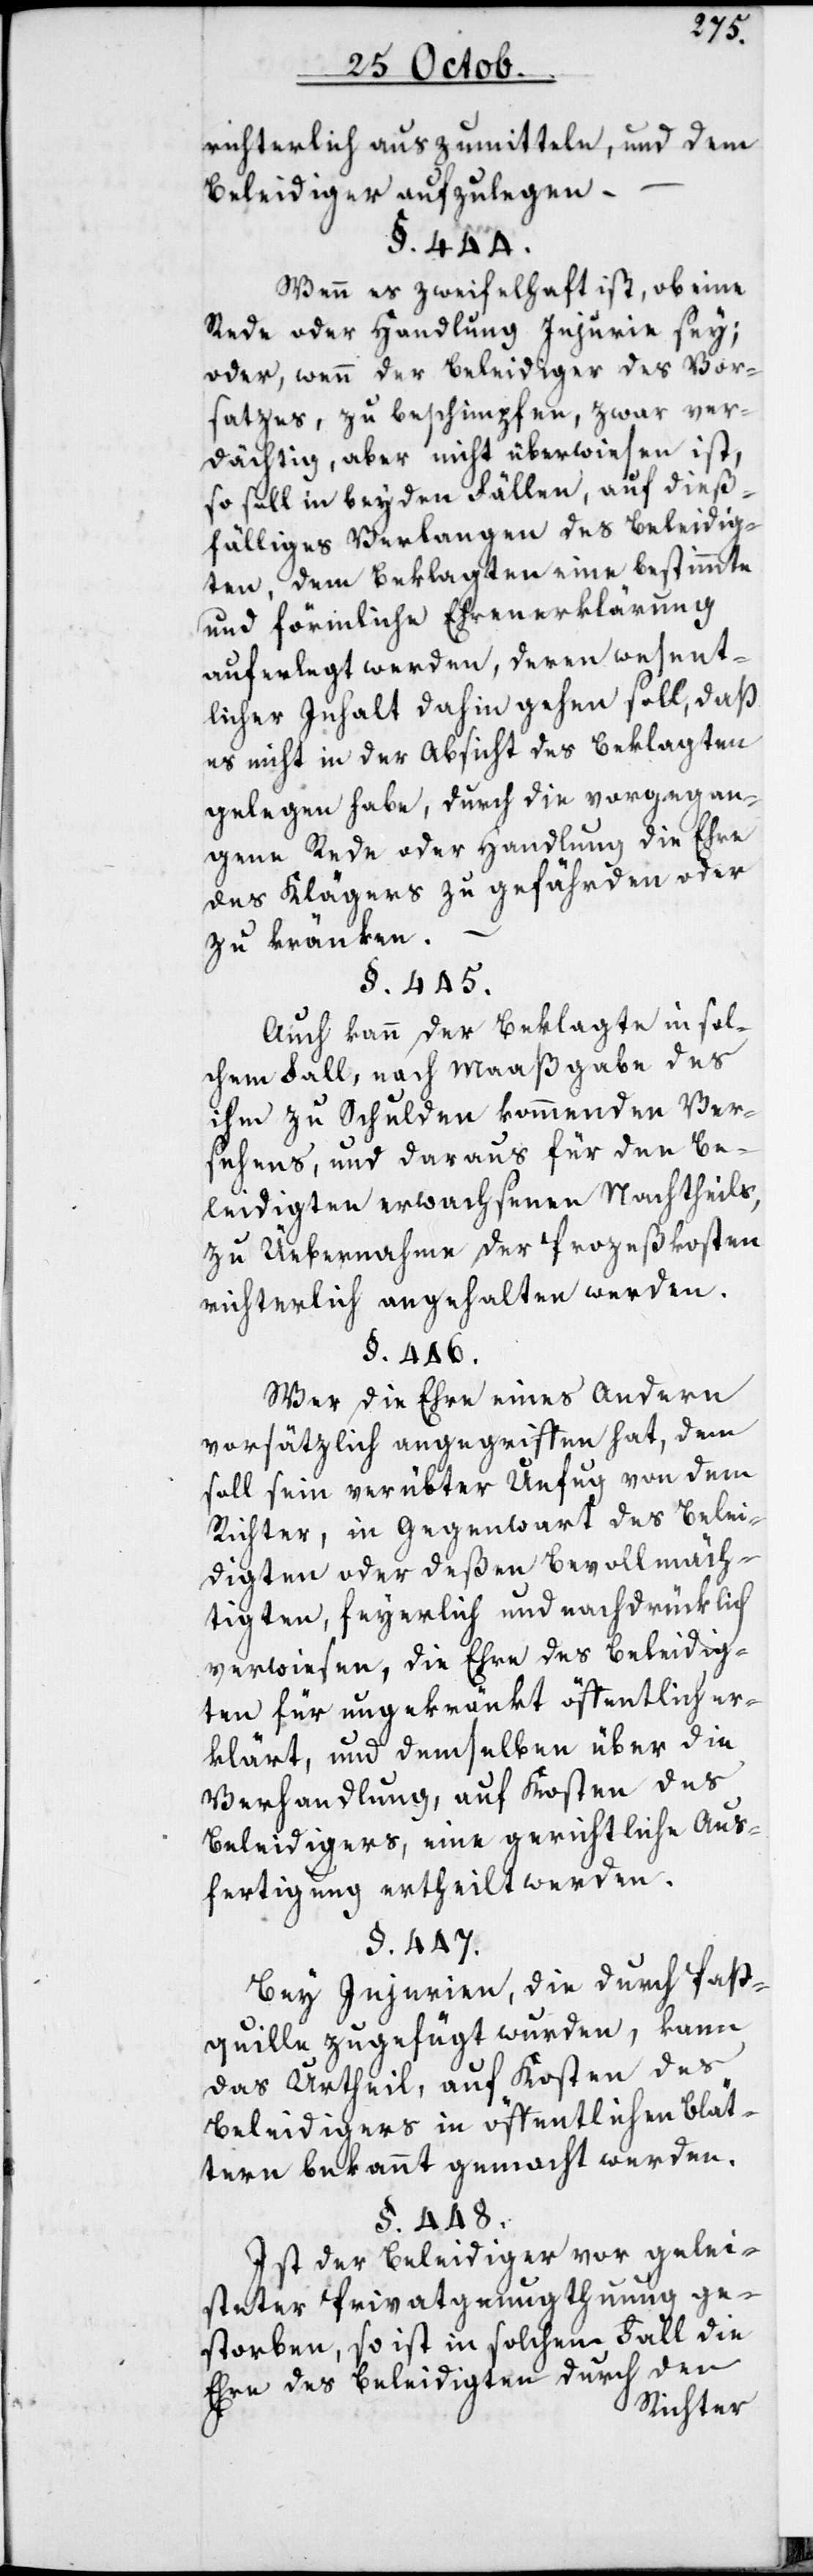
richterlich auszumitteln, und dem
Beleidiger aufzulegen.
§. 444.
Wenn es zweifelhaft ist, ob eine
Rede oder Handlung Injurie sei;
oder, wenn der Beleidiger des Vor¬
satzes zu beschimpfen, zwar ver¬
dächtig aber nicht überwiesen ist,
so soll in beyden Fällen, auf dieß¬
fälliges Verlangen des Beleidig¬
ten, dem Beklagten eine bestimmte
und förmliche Ehrenerklärung
auferlegt werden, deren wesent¬
licher Innhalt dahin gehen soll, daß
es nicht in der Absicht des Beklagten
gelegen habe, durch die vorgegan¬
gene Rede oder Handlung die Ehre
des Klägers zu gefährden oder
zu kränken.
§. 445.
Auch kann der Beklagte in sol¬
chem Fall, nach Maaßgabe des
ihm zu Schulden kommenden Ver¬
sehens, und daraus für den Be¬
leidigten erwachsenen Nachtheils,
zu Übernahme der Prozeßkosten
richterlich angehalten werden.
§. 446.
Wer die Ehre eines Andern
vorsätzlich angegriffen hat, dem
soll sein verübter Unfug von dem
Richter, in Gegenwart des Belei¬
digten oder deßen Bevollmäch¬
tigten, feyerlich und nachdrücklich
verwiesen, die Ehre des Beleidig¬
ten für ungekränkt öffentlich er¬
klärt, und demselben über die
Verhandlung, auf Kosten des
Beleidigers, eine gerichtliche Aus¬
fertigung ertheilt werden.
§. 447.
Bei Injurien, die durch Paß¬
quille zugefügt wurden, kann
das Urtheil auf Kosten des
Beleidigers in öffentlichen Blät¬
tern bekannt gemacht werden.
§. 448.
Ist der Beleidiger vor gelei¬
steter Privatgenugtuung ge¬
storben, so ist in solchem Fall die
Ehre des Beleidigten durch den